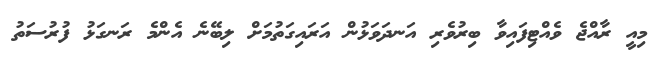
މިއީ ރާއްޖެ ވެއްޓިފައިވާ ބިރުވެރި އަނދަވަޅުން އަރައިގަތުމަށް ލިބޭނެ އެންމެ ރަނގަޅު ފުރުސަތު